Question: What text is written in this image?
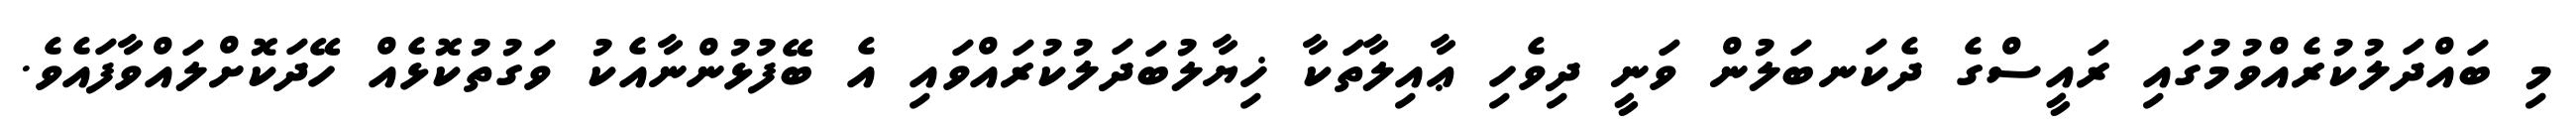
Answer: މި ބައްދަލުކުރެއްވުމުގައި ރައީސްގެ ދެކަނބަލުން ވަނީ ދިވެހި ޢާއިލާތަކާ ޚިޔާލުބަދަލުކުރައްވައި އެ ބޭފުޅުންނާއެކު ވަގުތުކޮޅެއް ހޭދަކޮށްލައްވާފައެވެ.